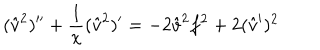
LaTeX: ( { \hat { v } } ^ { 2 } ) ^ { \prime \prime } + { \frac { 1 } { x } } ( { \hat { v } } ^ { 2 } ) ^ { \prime } = - 2 { \hat { v } } ^ { 2 } f ^ { 2 } + 2 ( { \hat { v } } ^ { \prime } ) ^ { 2 }